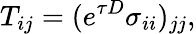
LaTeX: T_{ij}=(e^{\tau D}\sigma_{ii})_{jj},